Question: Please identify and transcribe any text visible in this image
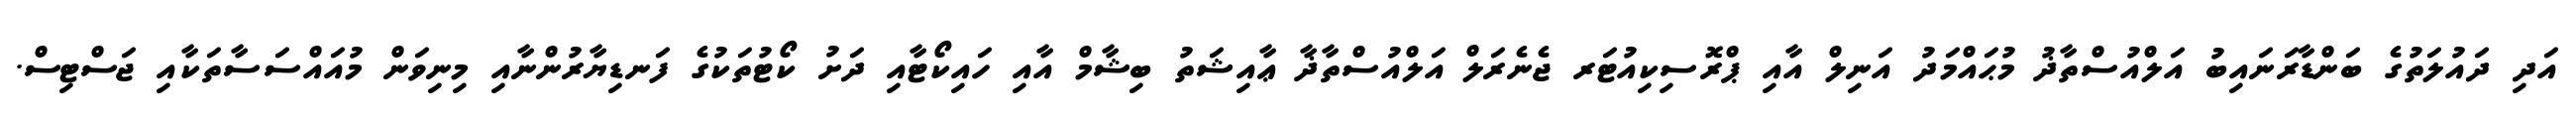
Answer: އަދި ދައުލަތުގެ ބަންޑާރަނައިބު އަލްއުސްތާޛު މުޙައްމަދު އަނިލް އާއި ޕްރޮސިކިއުޓަރ ޖެނެރަލް އަލްއުސްތާޛާ ޢާއިޝަތު ބިޝާމް އާއި ހައިކޯޓާއި ދަށު ކޯޓުތަކުގެ ފަނޑިޔާރުންނާއި މިނިވަން މުއައްސަސާތަކާއި ޖަސްޓިސް.